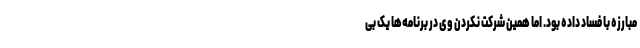
مبارزه با فساد داده بود. اما همین شرکت نکردن وی در برنامه‌ها یک بی